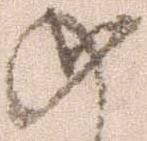
如